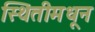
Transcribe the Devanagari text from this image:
स्थितीमधून